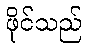
ဖိုင်သည်